Report on vaccination in Madras 1904-1921 - 1904-1921
Year: 1904
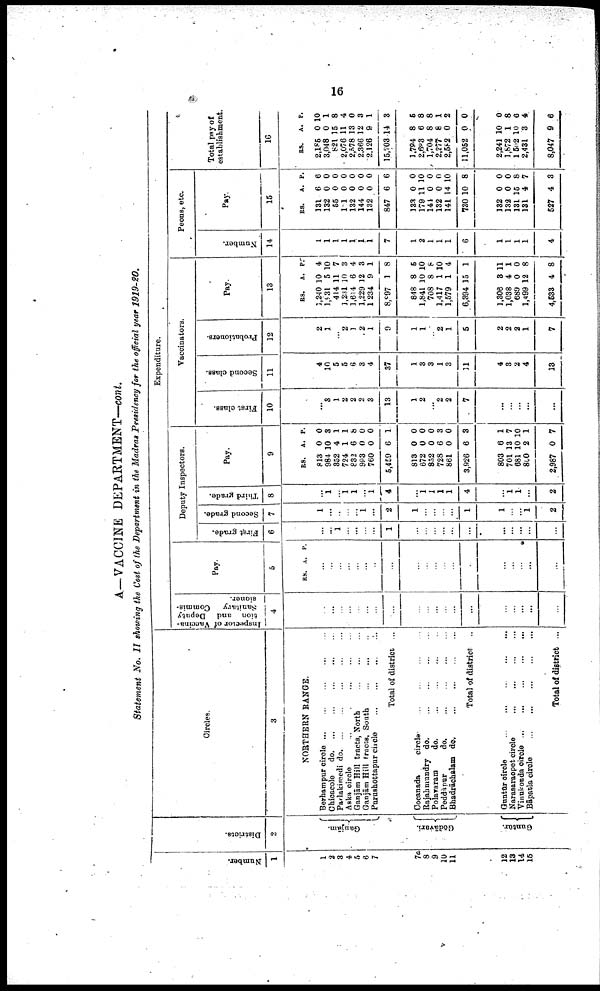
16
A—VACCINE DEPARTMENT—cont.
Statement No. II showing the Cost of the Department in the Madras Presidency for the official year 1919-20.
Number.
1
1
2
3
4
5
6
7
7a
8
9
10
11
12
13
14
15
Districts.
2
Ganjām.
Gōdāvari.
Guntūr.
Circles.
3
NORTHERN RANGE.
Berhampur circle
...
...
...
...
...
Chicacole do. ... ... ... ... ...
Parlakimedi d
o
. ... ... ... ... ...
Aska circle
...
...
...
...
Ganjām Hill tracts, North ... ... ... ...
Ganjām Hill tracts, South
...
...
...
Purashottapur circle
...
...
...
...
Total of district ...
Cocanada
circle
...
...
...
...
Rajahmundry do. ... ... ... ... ...
Polavaram do. ... ... ... ...
Peddāpur do. ... ... ... ...
Bhadrāchalam do.
...
...
...
...
Total of district ...
Guntūr circle
...
...
...
...
...
Narasaraopet circle ... ... ... ...
Vinukonda circle ... ... ... ... ...
Bāpatla circle
...
...
...
...
...
Total of district ...
Expenditure.
Inspector of Vaccina
tion and Deputy
Sanitary
Commis
sioner.
4
...
...
...
...
...
...
...
...
...
...
...
...
...
...
...
...
...
...
...
Pay.
5
RS. A. P.
...
...
...
...
...
...
...
...
...
...
...
...
...
...
...
...
...
...
...
Deputy Inspectors.
First grade.
6
...
...
1
...
...
...
...
1
...
...
...
...
...
...
...
...
...
...
...
Second grade.
7
1
...
...
...
...
1
...
2
1
...
...
...
...
1
1
...
...
1
2
Third grade.
8
...
1
...
1
1
...
1
4
...
1
1
1
1
4
...
1
1
...
2
Pay.
9
RS.
813
984
352
724
832
993
760
5,459
813
672
852
728
861
3,926
803
701
681
800
2,987
A.
0
10
4
1
6
0
0
6
0
0
0
6
0
6
6
13
10
2
0
P.
0
8
1
1
8
0
0
1
0
0
0
3
0
3
1
7
10
1
7
Vaccinators.
First class.
10
...
8
1
2
2
2
3
13
1
2
...
2
2
7
...
...
...
...
...
Second class.
11
4
10
5
5
6
3
4
37
1
3
3
1
3
11
4
3
2
4
13
Probationers.
12
2
1
...
2
1
2
1
9
1
1
...
2
1
5
2
2
2
1
7
Pay.
13
RS.
1,240
1,931
414
3,231
1,614
1,229
1,234
8,897
848
1,841
708
1,417
1,579
6,394
1,306
1,038
689
1,499
4,533
A.
10
5
11
10
6
12
9
1
8
10
8
1
1
15
8
4
0
12
4
P.
4
10
7
3
4
3
1
8
5
10
8
10
4
1
11
1
0
8
8
Peons, etc.
Number.
14
1
1
1
1
1
1
1
7
1
2
1
1
1
6
1
1
1
1
4
Pay.
15
RS.
131
132
55
101
132
144
132
847
133
179
144
132
141
730
132
132
131
131
527
A.
6
0
0
0
0
0
0
6
0
11
0
0
14
10
0
0
15
4
4
P.
6
0
0
0
0
0
0
6
0
10
0
0
10
8
0
0
8
7
3
Total pay of
establishment.
16
RS.
2,185
3,048
821
2,076
2,578
2,366
2,126
15,203
1,794
2,693
1,704
2,277
2,582
11,052
2,241
1,872
1,502
2,431
8,047
A.
0
0
15
11
13
12
9
14
8
6
8
8
0
0
10
1
10
3
9
P.
10
1
8
4
0
3
1
3
5
8
8
1
2
0
0
8
6
4
6